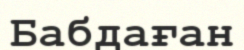
Бабдаған